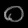
Digit: ၀